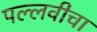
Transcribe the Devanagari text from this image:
पल्लवीचा